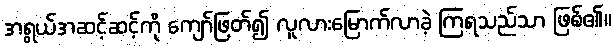
အရွယ်အဆင့်ဆင့်ကို ကျော်ဖြတ်၍ လူလားမြောက်လာခဲ့ ကြရသည်သာ ဖြစ်၏။